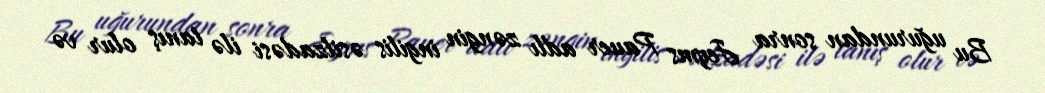
Bu uğurundan sonra Jeyms Pauer adlı zəngin ingilis əsilzadəsi ilə tanış olur və